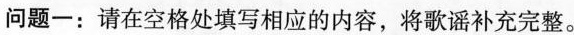
问题-：请在空格处填写相应的内容，将歌谣补充完整。